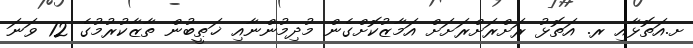
ށ.އަތޮޅާއި ރ. އަތޮޅު ރަށްރަށްރަށަށް އަމާޒުކޮށްގެން މުދިމުންނާއި ޚަޠީބުން ތާޒާކުރުމުގެ 12 ވަނަ